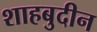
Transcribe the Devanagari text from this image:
शाहबुदीन